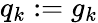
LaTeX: q_{k}:=g_{k}